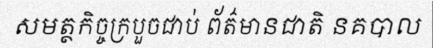
សមត្ថកិច្ចក្របួចជាប់ ព័ត៌មានជាតិ នគបាល